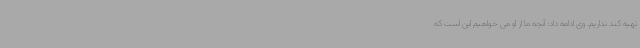
تهیه کند نداریم. وی ادامه داد: آنچه ما از او می خواهیم این است که